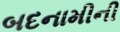
બદનામીની